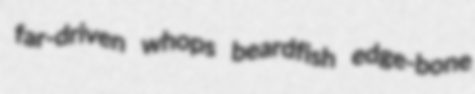
far-driven whops beardfish edge-bone